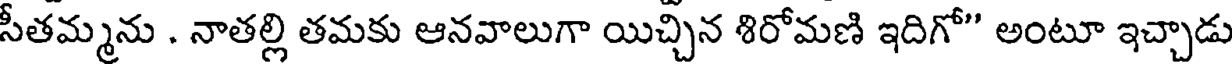
సీతమ్మను . నాతల్లి తమకు ఆనవాలుగా యిచ్చిన శిరోమణి ఇదిగో" అంటూ ఇచ్చాడు